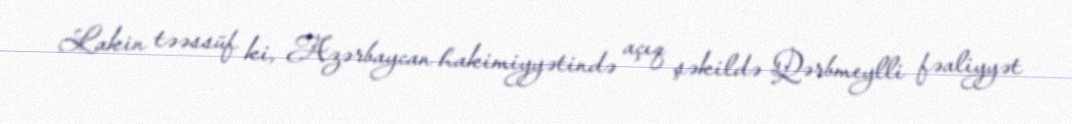
Lakin təəssüf ki, Azərbaycan hakimiyyətində açıq şəkildə Qərbmeylli fəaliyyət